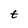
Character: t